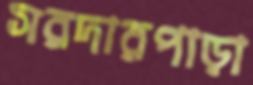
সরদারপাড়া